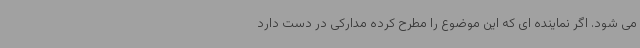
می شود. اگر نماینده ای که این موضوع را مطرح کرده مدارکی در دست دارد